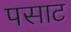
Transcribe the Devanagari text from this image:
पसाट